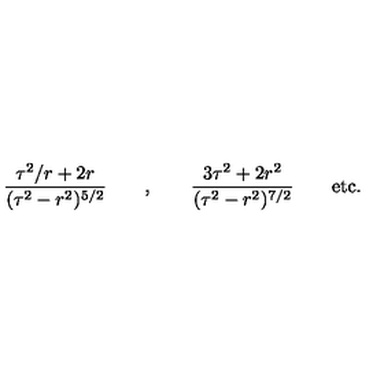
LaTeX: \frac { \tau ^ { 2 } / r + 2 r } { ( \tau ^ { 2 } - r ^ { 2 } ) ^ { 5 / 2 } } \qquad , \qquad \frac { 3 \tau ^ { 2 } + 2 r ^ { 2 } } { ( \tau ^ { 2 } - r ^ { 2 } ) ^ { 7 / 2 } } \qquad \mathrm { e t c . }